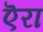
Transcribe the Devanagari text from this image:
ऎरा